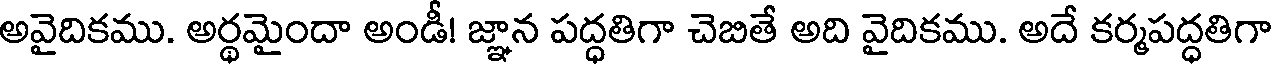
అవైదికము. అర్థమైందా అండీ! జ్ఞాన పద్ధతిగా చెబితే అది వైదికము. అదే కర్మపద్ధతిగా